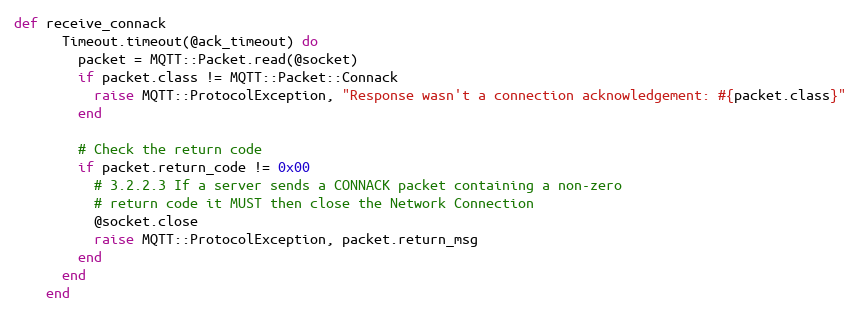
Language: Ruby
def receive_connack
      Timeout.timeout(@ack_timeout) do
        packet = MQTT::Packet.read(@socket)
        if packet.class != MQTT::Packet::Connack
          raise MQTT::ProtocolException, "Response wasn't a connection acknowledgement: #{packet.class}"
        end

        # Check the return code
        if packet.return_code != 0x00
          # 3.2.2.3 If a server sends a CONNACK packet containing a non-zero
          # return code it MUST then close the Network Connection
          @socket.close
          raise MQTT::ProtocolException, packet.return_msg
        end
      end
    end